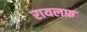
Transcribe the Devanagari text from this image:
रायलफ़